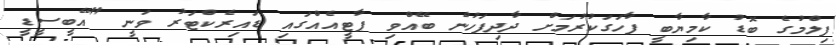
ފިލްމުގެ ބޮޑު ކާމިޔާބީ ފާހަގަކުރުމަށް ދާދިފަހުން ބޭއްވި ޕާޓީއެއްގައި ޑައިރެކްޓަރު ވަނީ "އޭބީސީޑީ